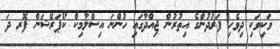
ވަކިވަކި ދިވެހި ފަރުދުންގެ އިތުރުން ޖިއްދާގައި ހުންނަ އިސްލާމިކް ކޯޕަރޭޝަން ފޮރ ދަ